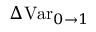
\Delta \mathrm { V a r } _ { 0 \rightarrow 1 }